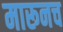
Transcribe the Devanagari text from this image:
मारूनच